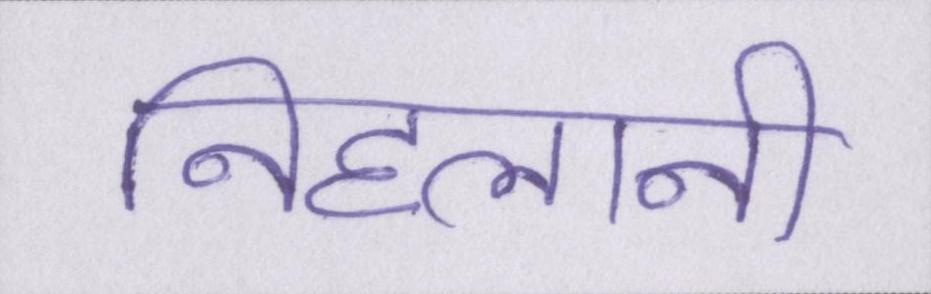
निहलानी